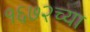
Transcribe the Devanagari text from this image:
१६७२च्या